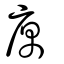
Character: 庽